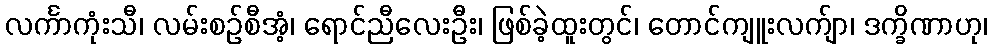
လင်္ကာကုံးသီ၊ လမ်းစဉ်စီအံ့၊ ရောင်ညီလေးဦး၊ ဖြစ်ခဲ့ထူးတွင်၊ တောင်ကျူးလက်ျာ၊ ဒက္ခိဏာဟု၊